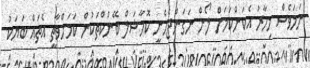
ނަމަވެސް މިހާރު އެކަންކަމަށް ލޯން ނަގަންޖެހެނީ ކޮމާޝަލް ބޭންކްތަކުން ކަމަށްވާތީ އެތައް ބަޔަކު